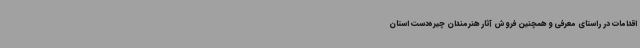
اقدامات در راستای معرفی و همچنین فروش آثار هنرمندان چیره‌دست استان